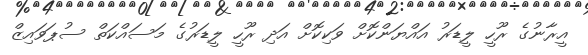
އީރާނުގެ ރޫހީ ލީޑަރު އައްޔަންކޮށް ވަކިކޮށް އަދި ރޫހީ ލީޑަރުގެ މަސައްކަތް ސުޕަވައިޒް